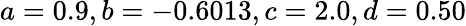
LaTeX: a=0.9,b=-0.6013,c=2.0,d=0.50